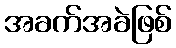
အခက်အခဲဖြစ်